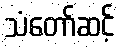
သံတော်ဆင့်